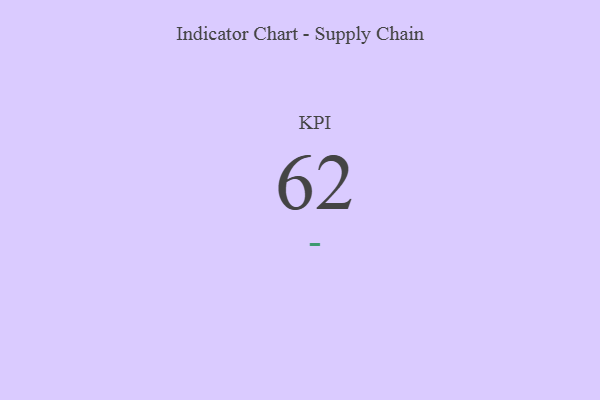
{"axis": {"x": "KPI", "y": "Value"}, "legend": [""], "data": [{"x": "KPI", "y": 62, "type": ""}]}